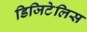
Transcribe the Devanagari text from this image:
डिजिटेलिस